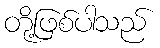
တို့ဖြစ်ပါသည်